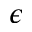
\epsilon